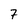
Character: 7